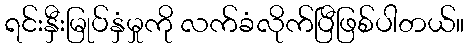
ရင်းနှီးမြုပ်နှံမှုကို လက်ခံလိုက်ပြီဖြစ်ပါတယ်။